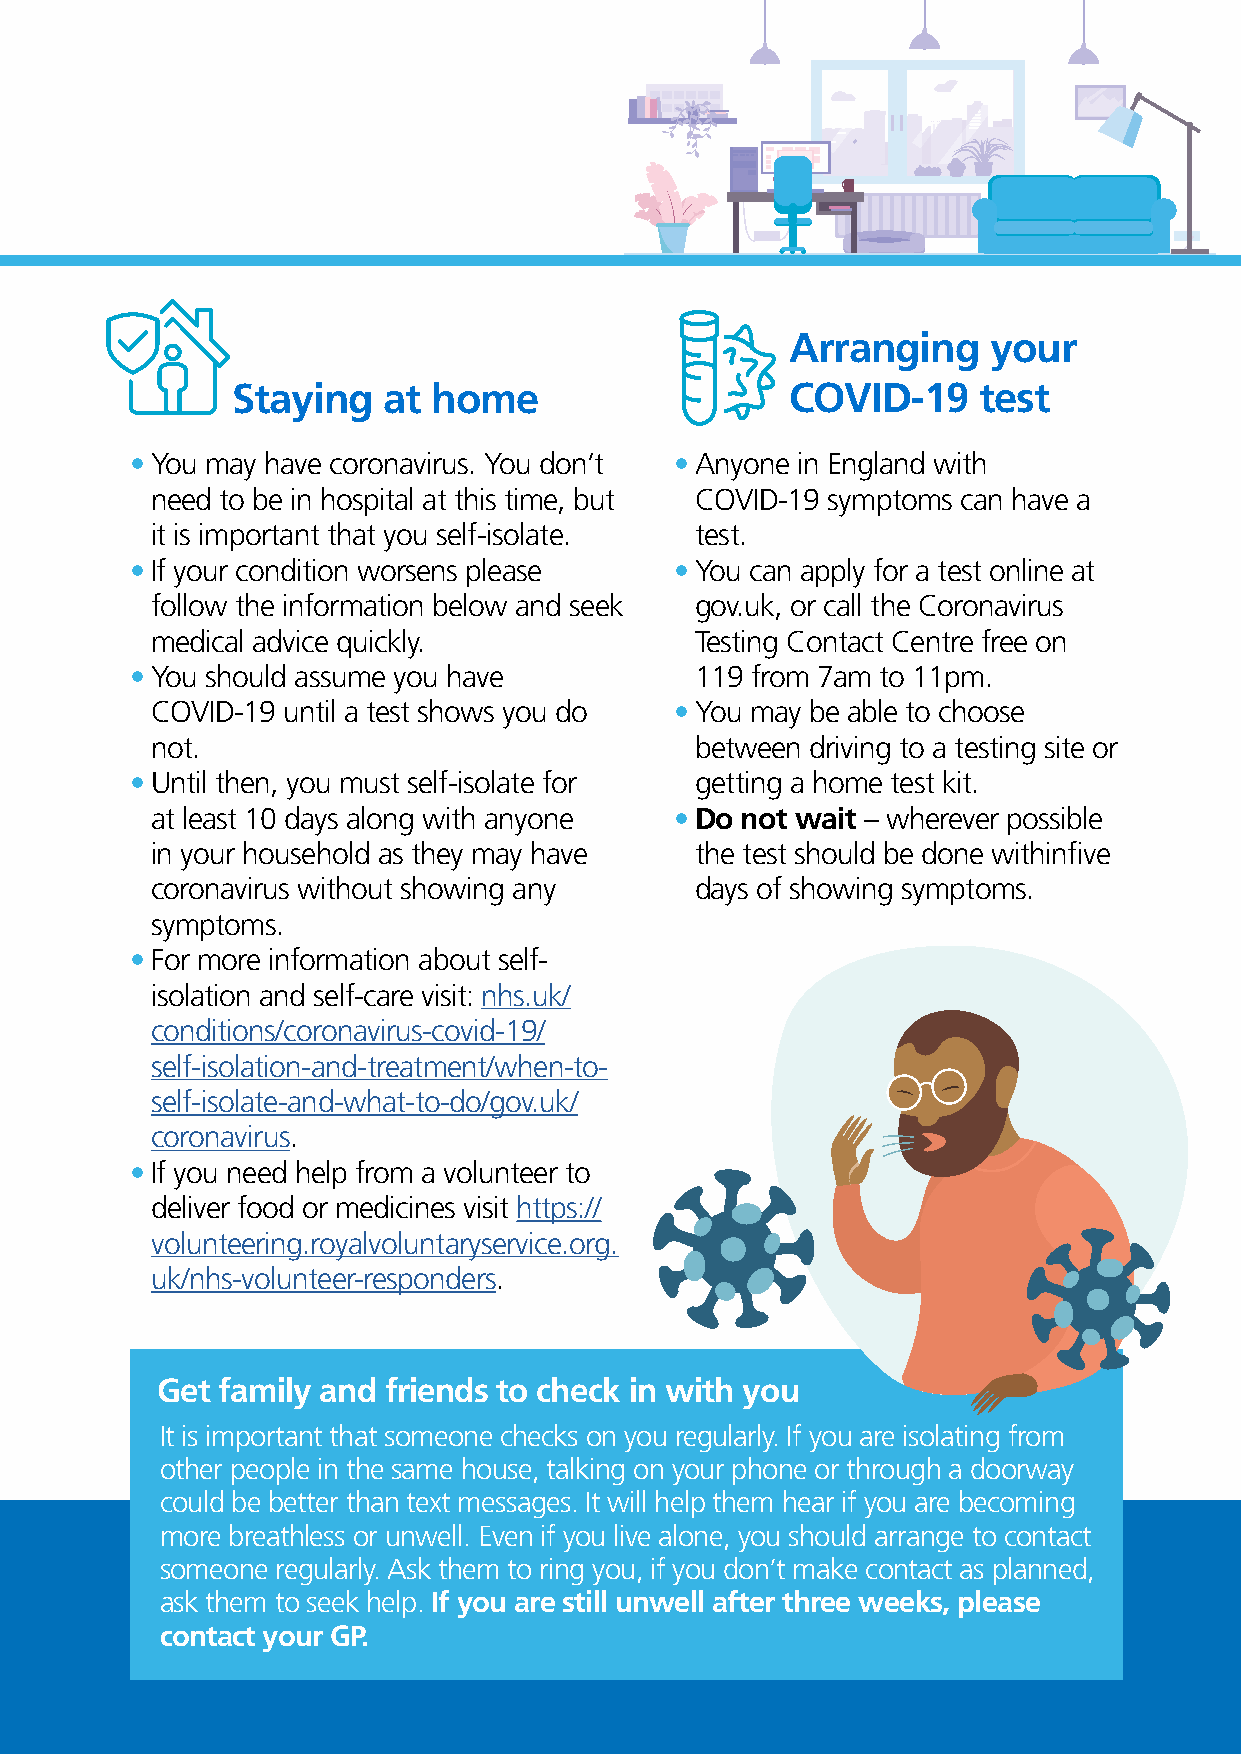
Arranging    your
 Staying   at  home                   COVID-19     test
 • You may have coronavirus. You don’t • Anyone in England with
 need to be in hospital at this time, but COVID-19 symptoms can have a
 it is important that you self-isolate. test.
 • If your condition worsens please  • You can apply for a test online at
 follow the information below and seek gov.uk, or call the Coronavirus
 medical advice quickly.             Testing Contact Centre free on
 • You should assume you have         119 from 7am to 11pm.
 COVID-19 until a test shows you do • You may be able to choose
 not.                                between driving to a testing site or
 • Until then, you must self-isolate for getting a home test kit.
 at least 10 days along with anyone • Do not wait – wherever possible
 in your household as they may have  the test should be done withinfive
 coronavirus without showing any     days of showing symptoms.
 symptoms.
 • For more information about self-
 isolation and self-care visit: nhs.uk/
 conditions/coronavirus-covid-19/
 self-isolation-and-treatment/when-to-
 self-isolate-and-what-to-do/gov.uk/
 coronavirus.
 • If you need help from a volunteer to
 deliver food or medicines visit https://
 volunteering.royalvoluntaryservice.org.
 uk/nhs-volunteer-responders.
 Get family and friends to check in with you
 It is important that someone checks on you regularly. If you are isolating from
 other people in the same house, talking on your phone or through a doorway
 could be better than text messages. It will help them hear if you are becoming
 more breathless or unwell. Even if you live alone, you should arrange to contact
 someone regularly. Ask them to ring you, if you don’t make contact as planned,
 ask them to seek help. If you are still unwell after three weeks, please
 contact your GP.